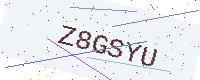
Text: Z8GSYU